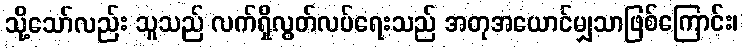
သို့သော်လည်း သူသည် လက်ရှိလွတ်လပ်ရေးသည် အတုအယောင်မျှသာဖြစ်ကြောင်း၊